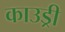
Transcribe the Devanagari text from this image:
काउड्री